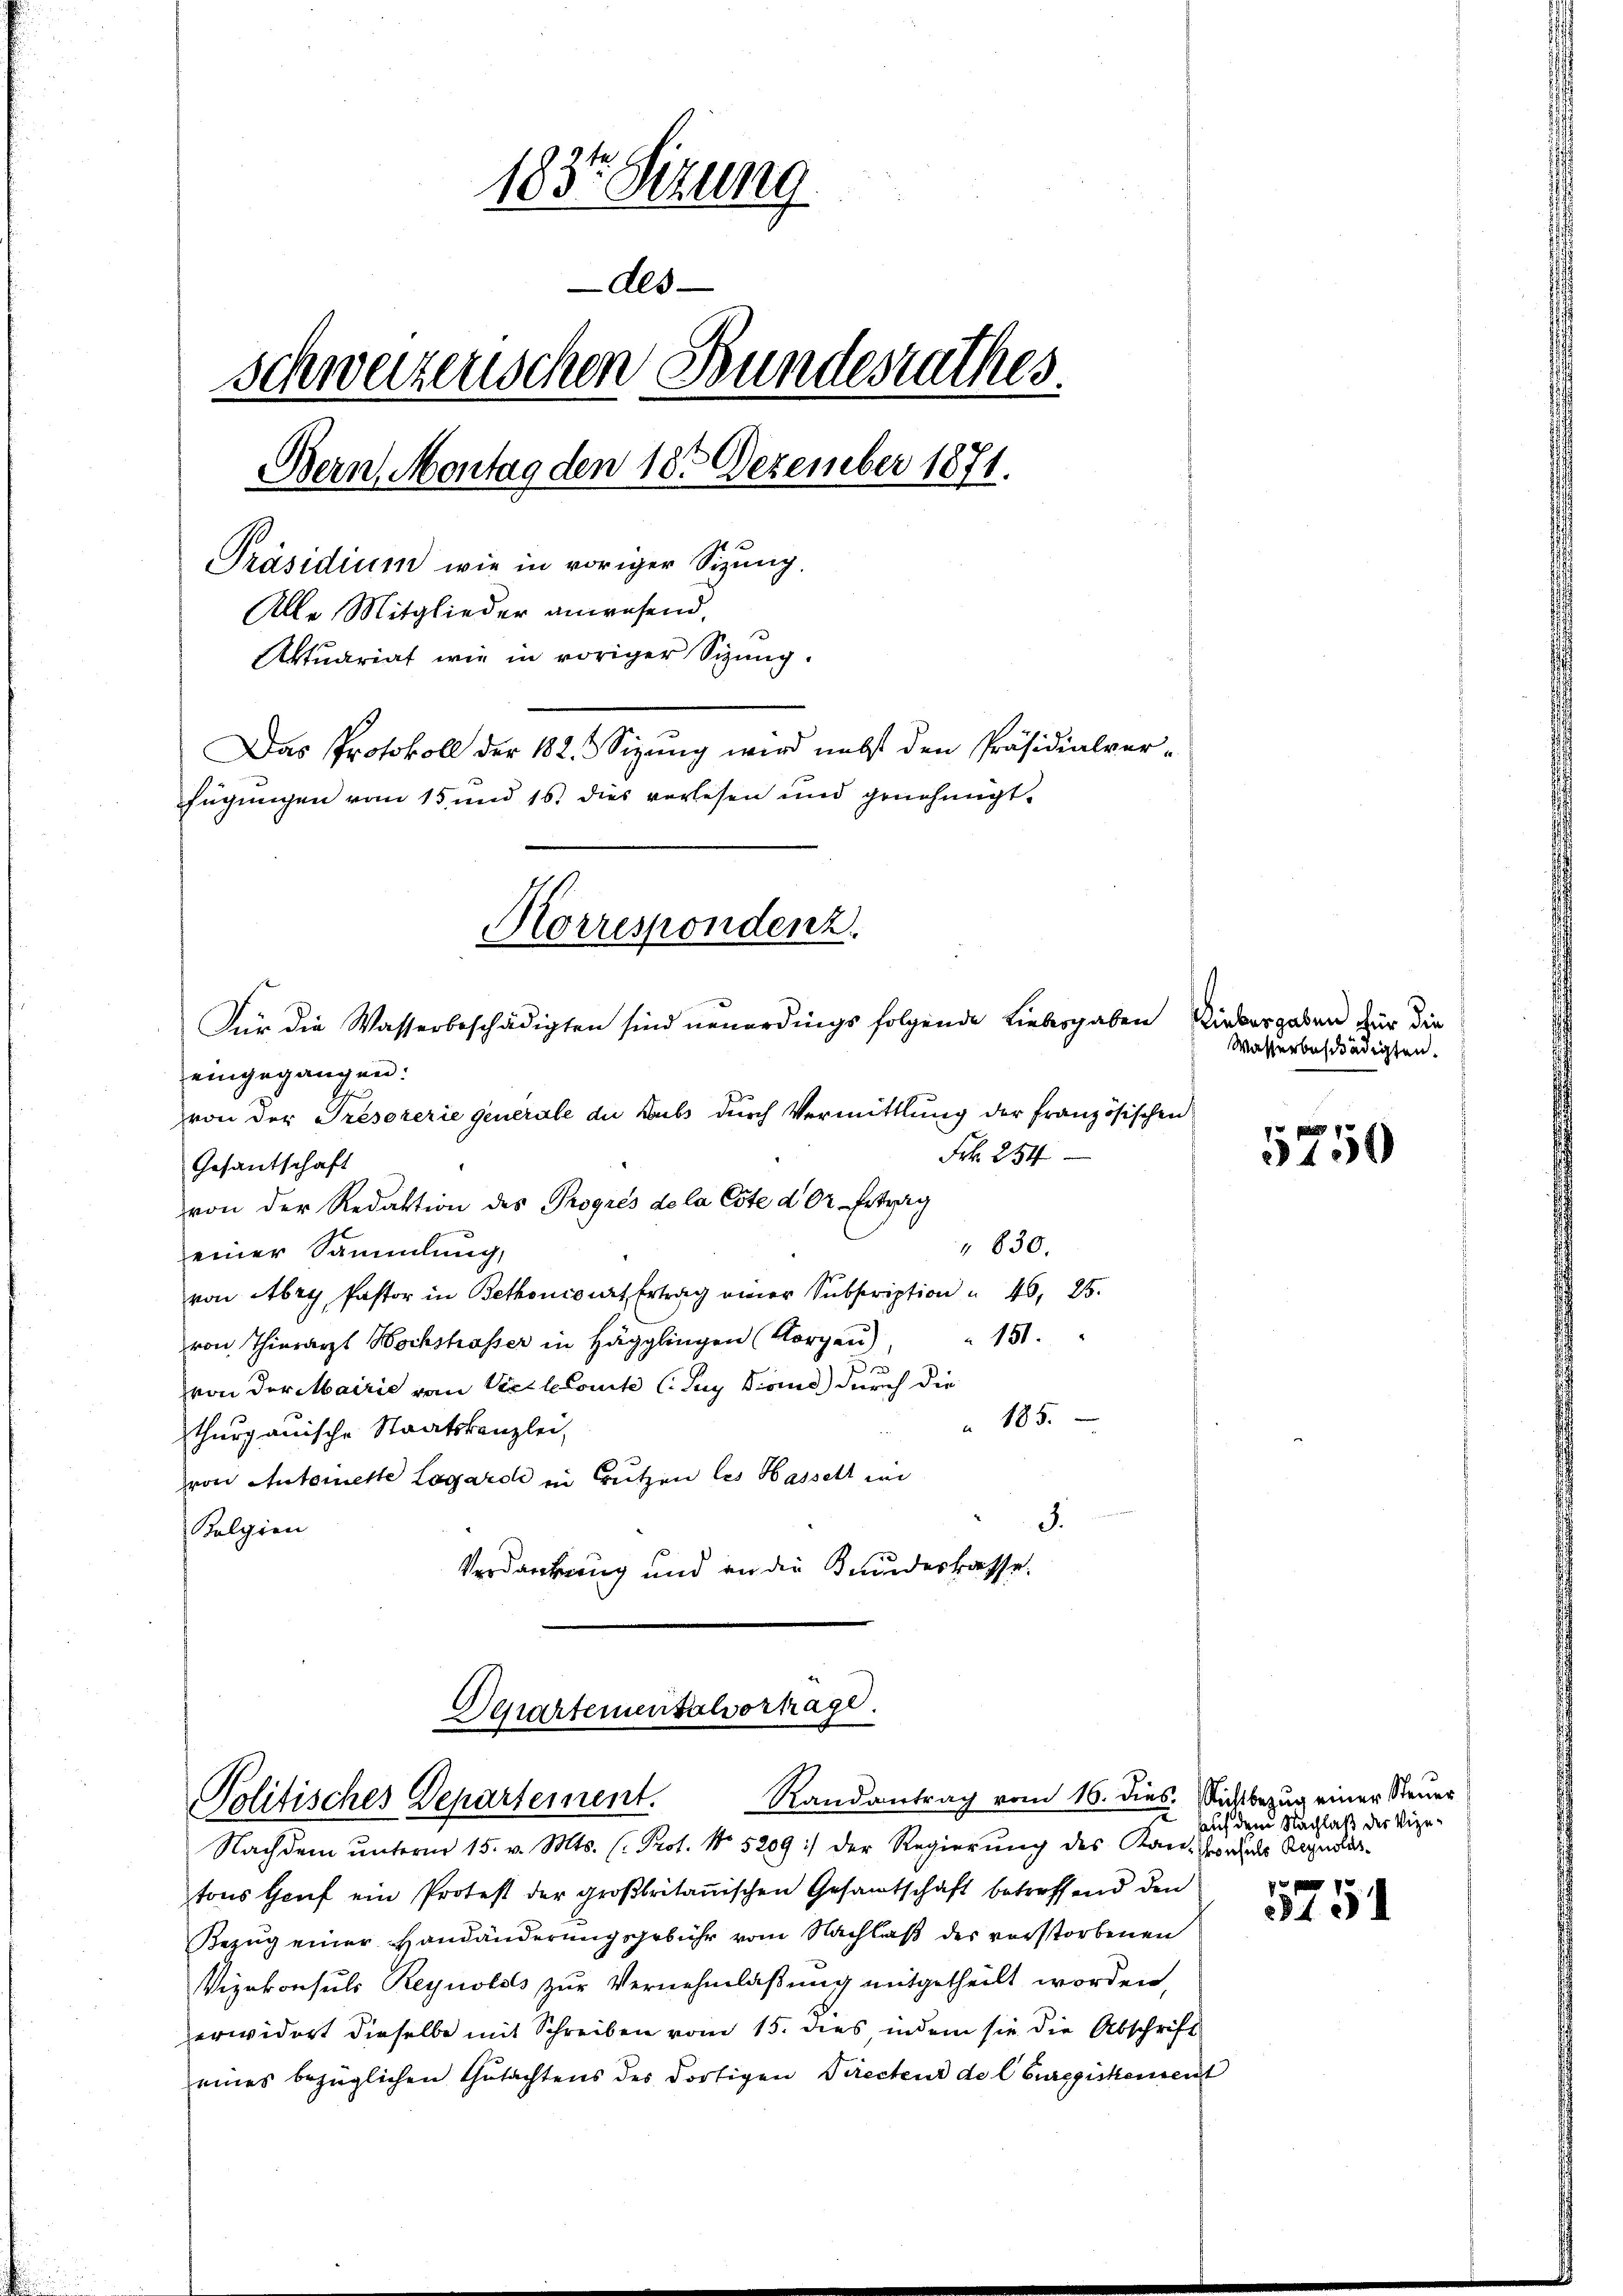
1837 Sizung
des
schwerzenschen Bundesrathes.
Bern, Montag den 18. Dezember 1871.
Präsidium wie in voriger Sitzung,
Alle Mitglieder anwesend.
Aktuariat wie in voriger Syzung.
Das Protokoll der 182. Sizung wird nebst den Präsidialverfügungen vom 15 und 16. dies verlesen und genehmigt.
Korrespondenz.
Für die Wasserbeschädigten sind neuerdings folgende Liebergaben Liebergaben für die
eingegangen.

von der Tresorerie generale du Laubs durch Vermittlung der französischen
Frk. 254
Gesantschaft
von der Redaktion des Progrés de la Este der Ertrag
" 830.
einer Sammlung,
von Abry, Pastor in Bethoncourt Ertrag einer Subscription u. 46, 25.
151.
von Thierarzt Hochstrasser in Hägglingen (Norgen),
von der Mairie von Vielletonte (Suy doius) durch die
" 185.
thurgauische Staatskanzlei,
von Antemeste Lagarde in Trutzen les Hasselt in
5.
Bolgien
Verdankung und an die Grundeskasse.

Departementalverhage
Politisches Departement. Randantrag vom 16. dies. Silbezug einer Steuer

Nachdem unterm 15. v. Mts. (: Prot. No 5209 :/ der Regierung des Kan. Hals Randestons Hauf ein Protest der großbritanischen Gesamtschaft betreffend den
Bezug einer Handänderungsgebühr vom Nachlaß des vorstorbenen
Vizekonsuls Reynolds zur Vernehmlaßung mitgetheilt worden,
erwidert dieselbe mit Schreiben vom 15. dies, indem sie die Abschrift
eines bezüglichen Gutachtens der dortigen Directens de l. Burggiskement

Wasserbeschädigten.

3450

auf dem Nachlaß der Vize-

401